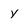
Character: y